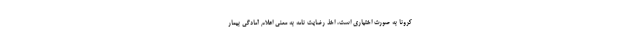
کرونا به صورت اختیاری است، اخذ رضایت نامه به معنی اعلام آمادگی بیمار